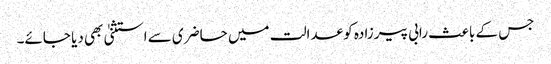
جس کے باعث رابی پیرزادہ کو عدالت میں حاضری سے استثنیٰ بھی دیا جائے۔